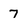
Character: 7